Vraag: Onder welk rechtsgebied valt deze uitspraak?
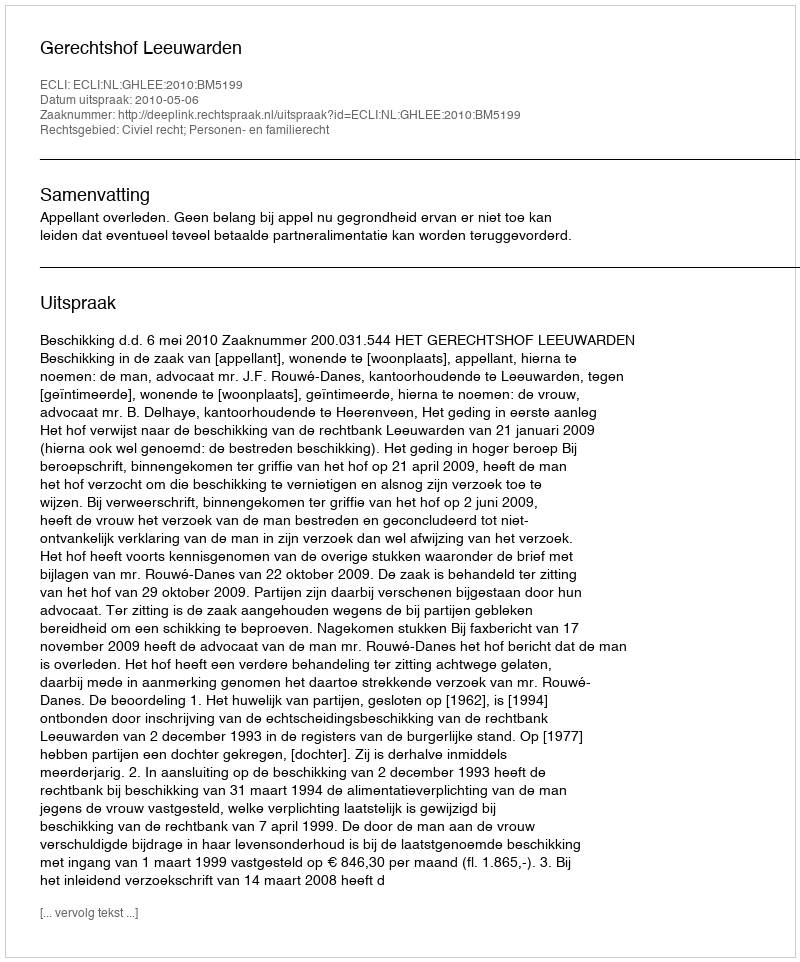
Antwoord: Civiel recht; Personen- en familierecht